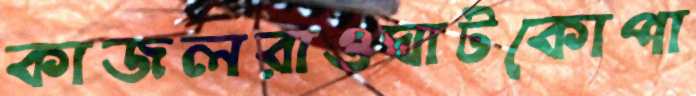
কাজলরাওঘাটকোপা